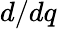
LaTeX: d/dq